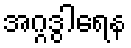
အဂ္ဂဒွါရေန